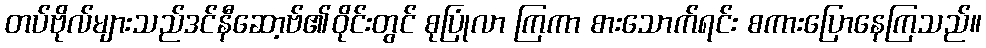
တပ်ဗိုလ်များသည်ဒင်နီဆော့ဗ်၏ဝိုင်းတွင် စုပြုံလာ ကြကာ စားသောက်ရင်း စကားပြောနေကြသည်။